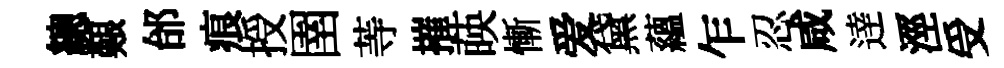
總艱邰痕授圉䓁摧𦴤慚爱黛蘊乍忍咸逹涇受